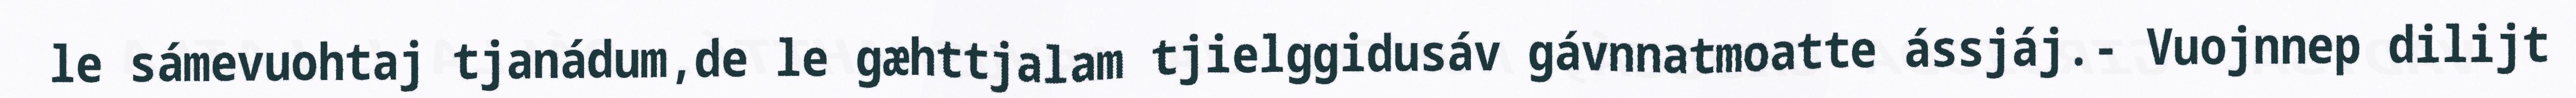
le sámevuohtaj tjanádum,de le gæhttjalam tjielggidusáv gávnnatmoatte ássjáj.- Vuojnnep dilijt